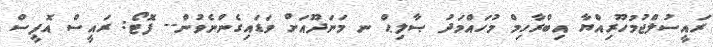
ރައީސުލްޖުމުހޫރިއްޔާ އިބްރާހިމް މުހައްމަދު ޞާލިޙް ނ މަނަދޫއަށް ވަޑައިގެންނެވުން-- ފޮޓޯ: ރައީސް އޮފީސް